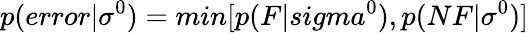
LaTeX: p(error|\sigma^{0})=min[p(F|sigma^{0}),p(NF|\sigma^{0})]